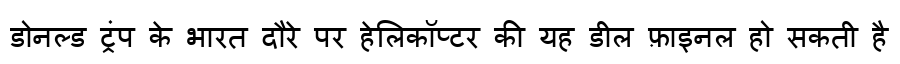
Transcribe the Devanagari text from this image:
डोनल्ड ट्रंप के भारत दौरे पर हेलिकॉप्टर की यह डील फ़ाइनल हो सकती है